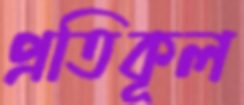
প্রতিকূল